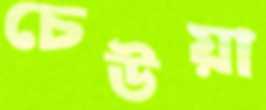
চেউয়া